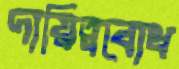
দায়িত্ববোধ